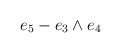
\begin{align*}e_{5}-e_{3}\wedge e_{4}\end{align*}